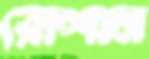
রোশান